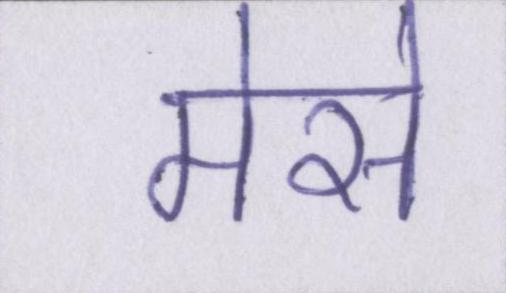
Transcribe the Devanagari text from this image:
मेसे